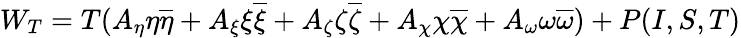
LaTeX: W_{T}=T(A_{\eta}\eta\overline{{{\eta}}}+A_{\xi}\xi\overline{{{\xi}}}+A_{\zeta}\zeta\overline{{{\zeta}}}+A_{\chi}\chi\overline{{{\chi}}}+A_{\omega}\omega\overline{{{\omega}}})+P(I,S,T)